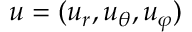
\boldsymbol { u } = ( u _ { r } , u _ { \theta } , u _ { \varphi } )